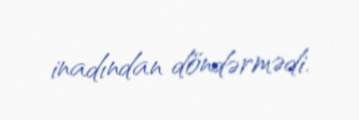
inadından döndərmədi.